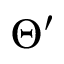
\Theta ^ { \prime }